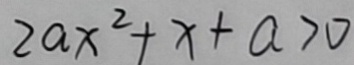
2 a x ^ { 2 } + x + a > 0